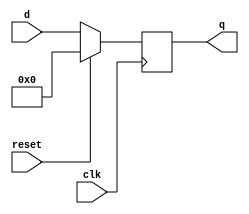
module top_module (
    input wire clk,
    input wire reset,
    input wire [7:0] d,
    output reg [7:0] q
);
    // Flip-flop logic with synchronous reset: Capture d at the rising edge of clk, reset to 0 if reset is high
    always @(posedge clk) begin
        if (reset)
            q <= 8'b00000000; // If reset is high, reset q to 0
        else
            q <= d; // Otherwise, capture the value of d
    end
endmodule